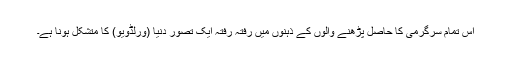
اس تمام سرگرمی کا حاصل پڑھنے والوں کے ذہنوں میں رفتہ رفتہ ایک تصورِ دنیا (ورلڈویو) کا متشکل ہونا ہے۔